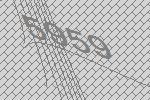
5959